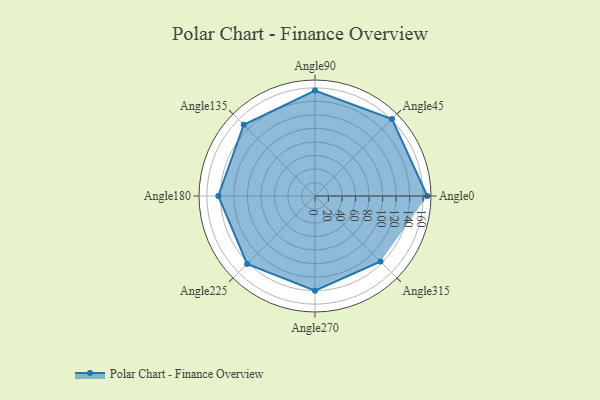
{"axis": {"x": "Angle", "y": "Radius"}, "legend": [""], "data": [{"x": "Angle0", "y": 166.0, "type": ""}, {"x": "Angle45", "y": 161.0, "type": ""}, {"x": "Angle90", "y": 156.0, "type": ""}, {"x": "Angle135", "y": 149.0, "type": ""}, {"x": "Angle180", "y": 143.0, "type": ""}, {"x": "Angle225", "y": 142.0, "type": ""}, {"x": "Angle270", "y": 140.0, "type": ""}, {"x": "Angle315", "y": 137.0, "type": ""}]}